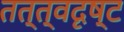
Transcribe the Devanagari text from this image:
तत्त्वदृष्ट